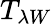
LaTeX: T_{\lambda W}